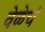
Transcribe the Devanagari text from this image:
वेळेचं